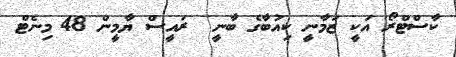
ކާސްޓްރޯ އަކީ ޒަމާނީ ކިއުބާގެ ބާނީ  ރައީސް ޔާމީން 48 މިނެޓް